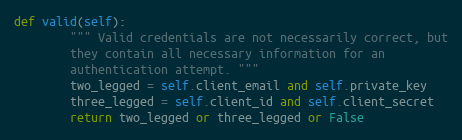
Language: Python
def valid(self):
        """ Valid credentials are not necessarily correct, but
        they contain all necessary information for an
        authentication attempt. """
        two_legged = self.client_email and self.private_key
        three_legged = self.client_id and self.client_secret
        return two_legged or three_legged or False